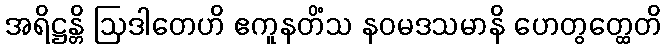
အရိဋ္ဌန္တိ ဩဒါတေဟိ ဧကူနတိံသ နဝမဒသမာနိ ဟေတွတ္ထေတိ